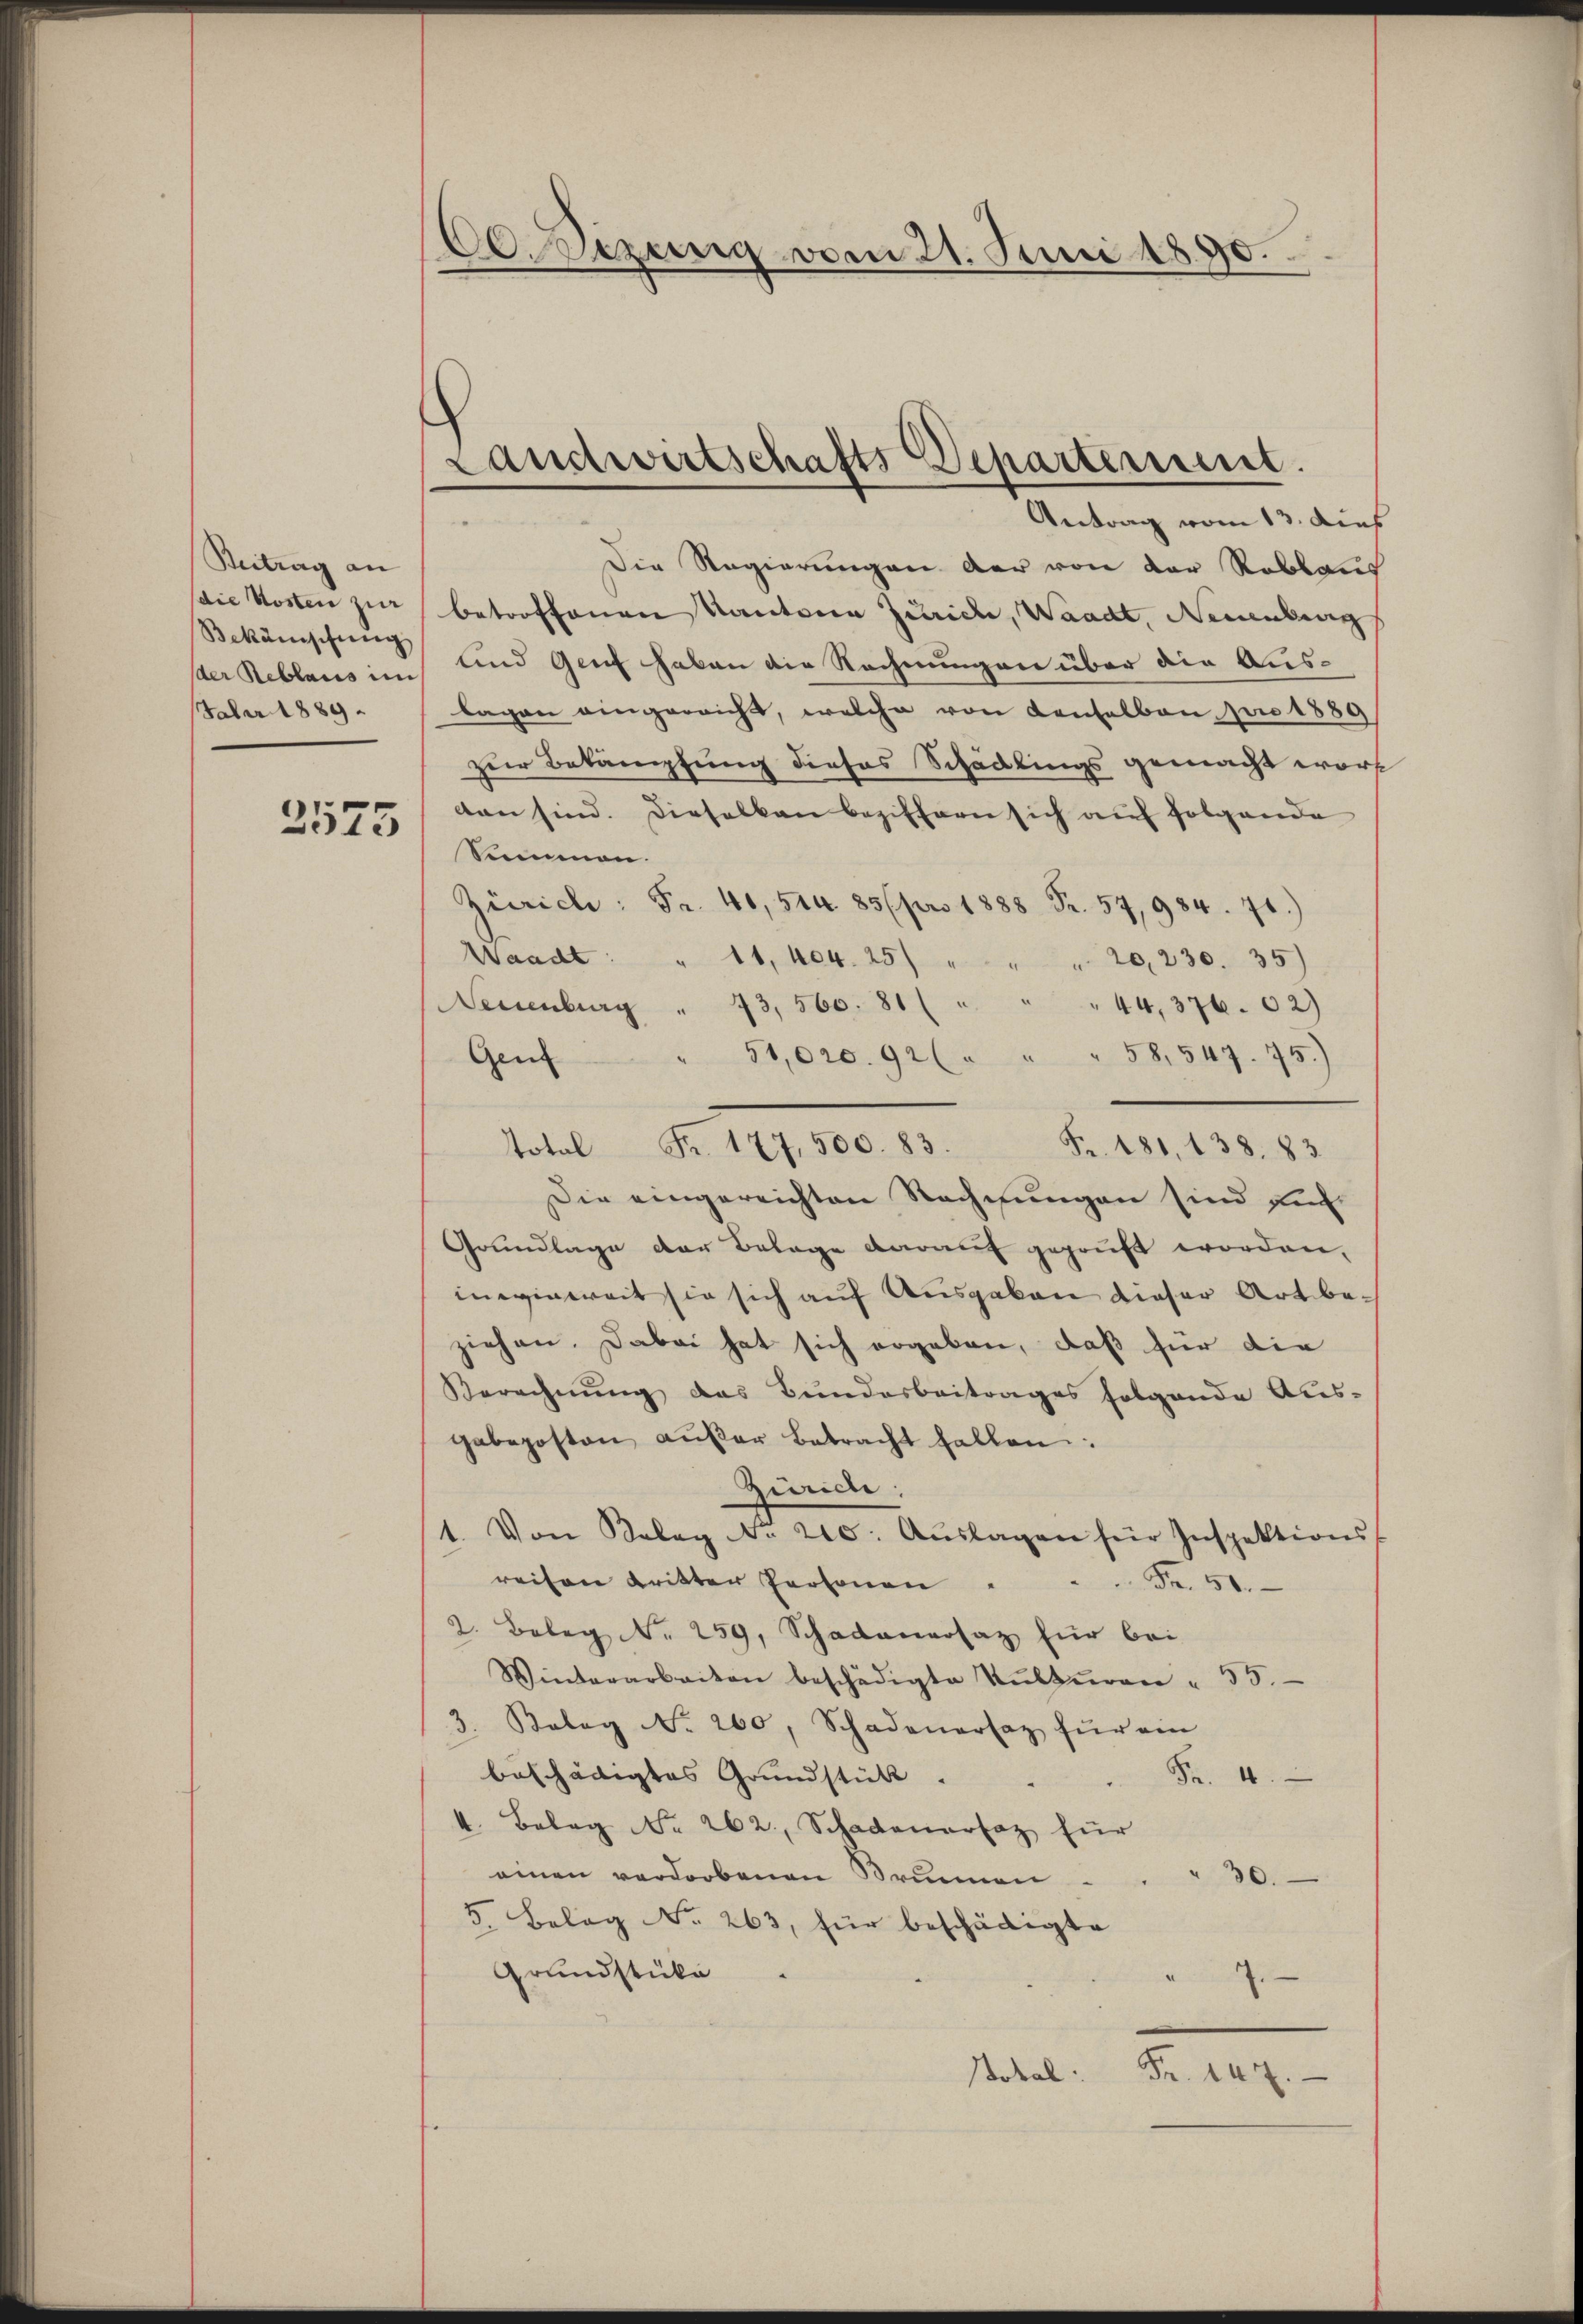
Beitrag an
die Kosten zur
Bekänischung
der Reblaus im
Faber 1889

2575

Obeizung vom 21. Juni 1890.

Landwirtschafts Departerium.

Antrag vom 13. dies
Die Regierungen der von der Reblaus
betroffenen Kantonen Zürich, Waadt, Neuenburg
und Genf haben die Rechnungen über die Auslagen eingericht, welche von Konselben pro 1889
zur Bekämpfung dieses Schadlings gemacht worf
dan sind. Dieselben beziffern sich auf folgende
Sommen.
Zürich: Fr. 40, 514 85 (pro 1888 Fr. 57, 984. 71.)
Waadt: " 11, 404. 25) " " " 20, 230. 35)
Neuenburg " 43, 560. 81 ( " " " 44, 376. 62)
" 51,000. 92 ( " " " 58. 547. 75.)
Gen
total Fr. 177, 500. 83.
Fr. 181, 138, 83
Die eingereichten Rechnungen sind auf
Grundlage der Belage darauf geprüft worden.
inwieweit sie sich auf Ausgaben dieser Art beziehen. Dabei hat sich ergeben, daß für die
Berechnung das Bundesbeitrages folgende Aus-
gabeposton aŭβer Betracht fallen:
Zürich:
1. Von Kalag d. 210. Aŭslagen für Inspektions-
reisen Kritter Personen
Fr. 50.
2. Beleg Nr. 259, Schadenersatz für bei
Winterarbeiten beschädigte Kulturen " 55.
3. Koleg No. 260, Schadenartag für ein
beschädigtes Grundstücke.
Fr. 4.
4. Belag No. 262, Schadenersaz für
einen verdorbenen Brunnen
30.
5. Belag No. 263, für beschädigte
Grundstücke
7.
Stotal:
Fr. 147.